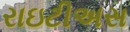
રાઇટીઅસ